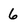
Character: 6